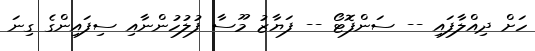
ހަށް ދިއްލާފައި -- ސަންފޮޓޯ -- ފަޔާޒު މޫސާ ފުލުހުންނާއި ސިފައިންގެ ގިނަ